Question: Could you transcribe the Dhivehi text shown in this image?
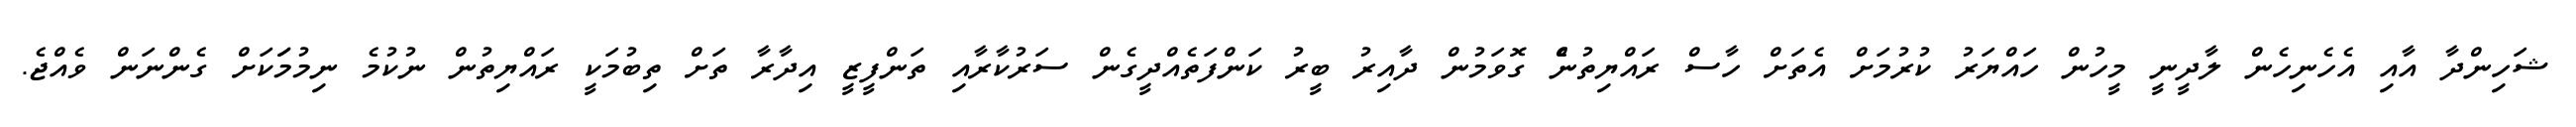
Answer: ޝަހިންދާ އާއި އެހެނިހެން ލާދީނީ މީހުން ހައްޔަރު ކުރުމަށް އެތަށް ހާސް ރައްޔިތުނެް ގޮވަމުން ދާއިރު ބީރު ކަންފަތެއްދީގެން ސަރުކާރާއި ތަންފީޒީ އިދާރާ ތަށް ތިބުމަކީ ރައްޔިތުން ނުކުމެ ނިމުމަަކަށް ގެންނަން ވެއްޖެ.